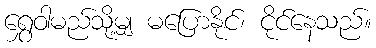
ရွှေဝါမည်သို့မျှ မပြောနိုင်၊ ငိုင်နေသည်။